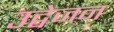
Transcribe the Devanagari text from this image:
उद्वेजन